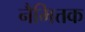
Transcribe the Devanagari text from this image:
नैमित्तक